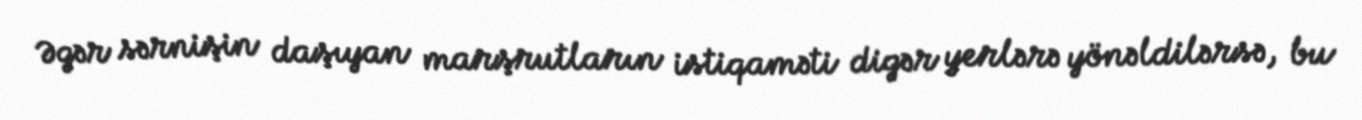
Əgər sərnişin daşıyan marşrutların istiqaməti digər yerlərə yönəldilərsə, bu